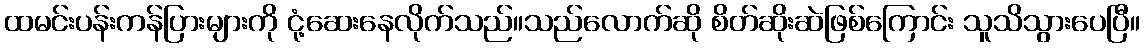
ထမင်းပန်းကန်ပြားများကို ငုံ့ဆေးနေလိုက်သည်။သည်လောက်ဆို စိတ်ဆိုးဆဲဖြစ်ကြောင်း သူသိသွားပေပြီ။